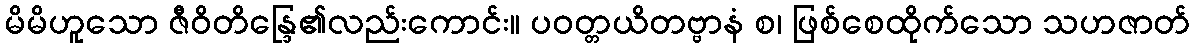
မိမိဟူသော ဇီဝိတိန္ဒြေ၏လည်းကောင်း။ ပဝတ္တယိတဗ္ဗာနံ စ၊ ဖြစ်စေထိုက်သော သဟဇာတ်